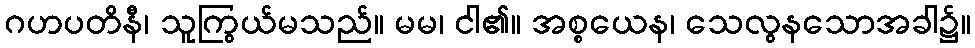
ဂဟပတိနီ၊ သူကြွယ်မသည်။ မမ၊ ငါ၏။ အစ္စယေန၊ သေလွနသောအခါ၌။